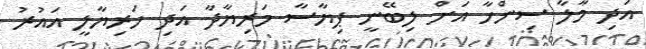
އަދި މާލާ ސިންހާ އަށް ލިބޭނީ ޕިޔާސާ މަރިޔާދާ އަދި ހަރިޔާލީ އައުރު